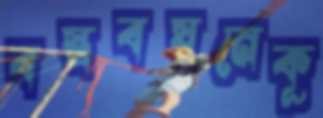
বস্ত্রবয়নেকূ